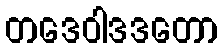
တဒေဝါဒဒတော